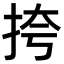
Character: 挎